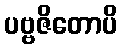
ပဗ္ဗဇိတောပိ